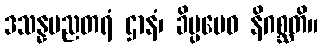
ဒသန္နမညတရံ ဌာနံ၊ ခိပ္ပမေဝ နိဂစ္ဆတိ။